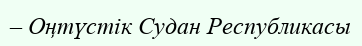
– Оңтүстік Судан Республикасы